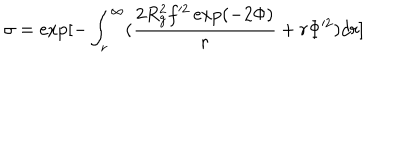
LaTeX: \sigma = \exp [ - \int _ { r } ^ { \infty } ( \frac { 2 R _ { g } ^ { 2 } f ^ { 2 } \exp ( - 2 \Phi ) } { r } + r \Phi ^ { 2 } ) d r ]